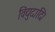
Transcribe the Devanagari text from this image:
विद्युदादि।